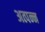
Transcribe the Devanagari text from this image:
अत्पन्न